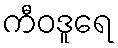
ကီဝဒူရေ